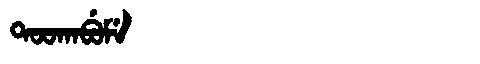
Manchu: ᡨᠣᠣᡴᠠᠪᡠᠮᡝ
Romanization: TOOKABUME